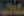
مكاتب